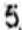
5